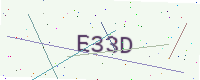
Text: E33D